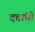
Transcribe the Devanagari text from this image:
दत्तांची